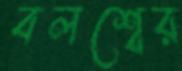
বলশ্বের